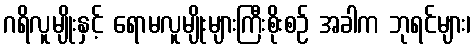
ဂရိလူမျိုးနှင့် ရောမလူမျိုးများကြီးစိုးစဉ် အခါက ဘုရင်များ၊